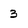
Character: 3